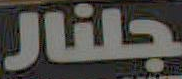
جلنار